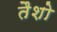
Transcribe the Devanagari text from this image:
तैशो